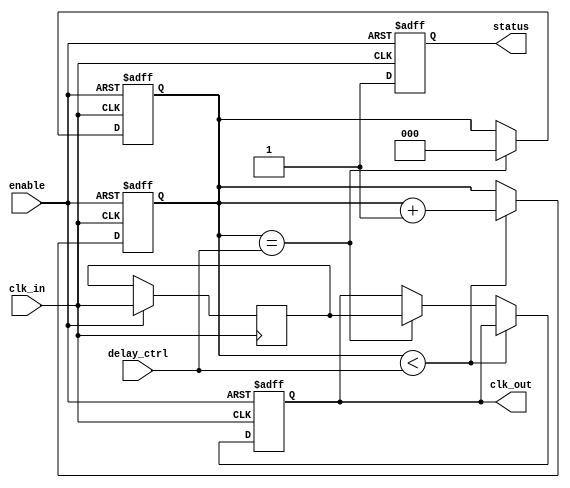
module delay_clock_buffer (
    input wire clk_in,          // Clock Input
    input wire [2:0] delay_ctrl, // Delay Control (3-bit for up to 8 delay settings)
    input wire enable,         // Enable signal
    output reg clk_out,        // Clock Output
    output reg status          // Status Output
);

    // Parameters for delay settings
    parameter DELAY_0 = 0; // No delay
    parameter DELAY_1 = 1; // Delay of 1 clock cycle
    parameter DELAY_2 = 2; // Delay of 2 clock cycles
    parameter DELAY_3 = 3; // Delay of 3 clock cycles
    parameter DELAY_4 = 4; // Delay of 4 clock cycles
    parameter DELAY_5 = 5; // Delay of 5 clock cycles
    parameter DELAY_6 = 6; // Delay of 6 clock cycles
    parameter DELAY_7 = 7; // Delay of 7 clock cycles

    // Internal registers for delay implementation
    reg [2:0] delay_counter; // Counter for delay cycles

    // Clock edge detection
    reg clk_in_d; // Delayed version of clk_in

    // Status register
    always @(posedge clk_in or negedge enable) begin
        if (!enable) begin
            status <= 1'b0; // Buffer disabled
            clk_out <= 1'b0; // Hold output low
            delay_counter <= 3'b0; // Reset delay counter
        end else begin
            status <= 1'b1; // Buffer enabled
            // Capture the clock input for delay processing
            clk_in_d <= clk_in;
            // Increment delay counter based on delay_ctrl
            if (delay_counter < delay_ctrl) begin
                delay_counter <= delay_counter + 1;
            end else if (delay_counter == delay_ctrl) begin
                clk_out <= clk_in_d; // Output the delayed clock
            end
        end
    end

    // Reset delay counter after output is set
    always @(posedge clk_in or negedge enable) begin
        if (!enable) begin
            delay_counter <= 3'b0; // Reset on disable
        end else if (delay_counter == delay_ctrl) begin
            delay_counter <= 3'b0; // Reset after output
        end
    end

endmodule